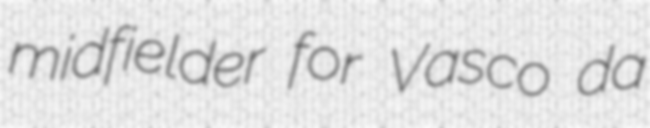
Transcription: midfielder for Vasco da